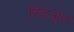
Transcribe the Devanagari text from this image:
स्टिअर